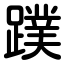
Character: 蹼